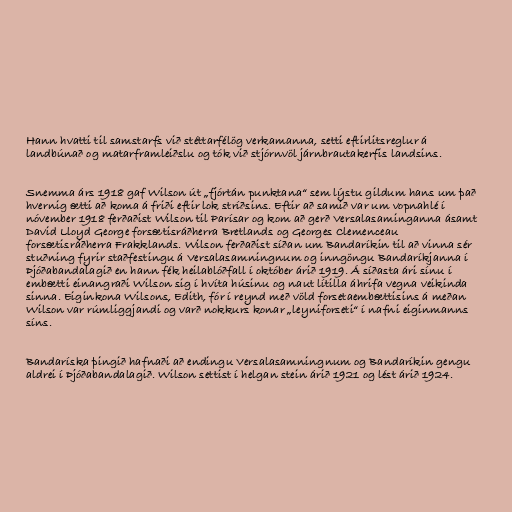
Hann hvatti til samstarfs við stéttarfélög verkamanna, setti eftirlitsreglur á
landbúnað og matarframleiðslu og tók við stjórnvöl járnbrautakerfis landsins.

Snemma árs 1918 gaf Wilson út „fjórtán punktana“ sem lýstu gildum hans um það
hvernig ætti að koma á friði eftir lok stríðsins. Eftir að samið var um vopnahlé í
nóvember 1918 ferðaðist Wilson til Parísar og kom að gerð Versalasaminganna ásamt
David Lloyd George forsætisráðherra Bretlands og Georges Clemenceau
forsætisráðherra Frakklands. Wilson ferðaðist síðan um Bandaríkin til að vinna sér
stuðning fyrir staðfestingu á Versalasamningnum og inngöngu Bandaríkjanna í
Þjóðabandalagið en hann fék heilablóðfall í október árið 1919. Á síðasta ári sínu í
embætti einangraði Wilson sig í hvíta húsinu og naut lítilla áhrifa vegna veikinda
sinna. Eiginkona Wilsons, Edith, fór í reynd með völd forsetaembættisins á meðan
Wilson var rúmliggjandi og varð nokkurs konar „leyniforseti“ í nafni eiginmanns
síns.

Bandaríska þingið hafnaði að endingu Versalasamningnum og Bandaríkin gengu
aldrei í Þjóðabandalagið. Wilson settist í helgan stein árið 1921 og lést árið 1924.